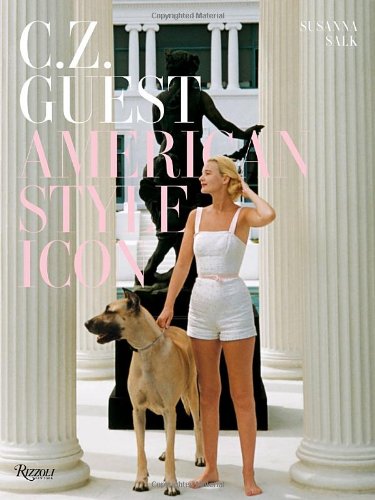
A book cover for C.Z. Guest: American Style Icon; Susanna Salk; Arts & Photography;